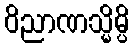
ဝိညာဏသ္မိမ္ပိ